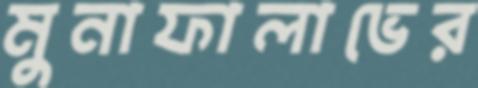
মুনাফালাভের